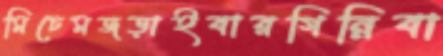
মিচেমজড়াইবারগিন্নিবা